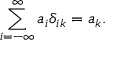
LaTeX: \sum _ { i = - \infty } ^ { \infty } a _ { i } \delta _ { i k } = a _ { k } .